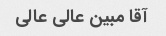
آقا مبین عالی عالی